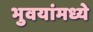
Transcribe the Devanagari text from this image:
भुवयांमध्ये